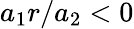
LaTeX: {a_{1}r/a_{2}<0}